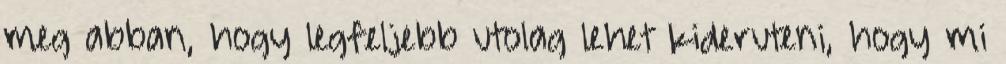
meg abban, hogy legfeljebb utolag lehet kideruteni, hogy mi